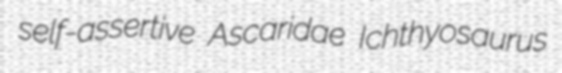
self-assertive Ascaridae Ichthyosaurus